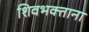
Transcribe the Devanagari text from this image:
शिवभक्ताना